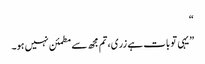
“
”یہی تو بات ہے زری، تم مجھ سے مطمئن نہیں ہو۔